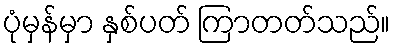
ပုံမှန်မှာ နှစ်ပတ် ကြာတတ်သည်။